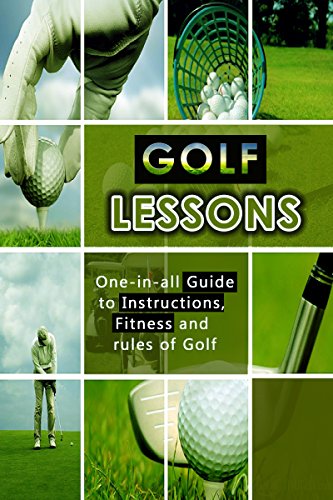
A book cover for Golf Lessons: All-in-one Guide containing Golf Instructions, Golf Fitness and basic Rules of Golf; Joff Hamming; Crafts, Hobbies & Home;